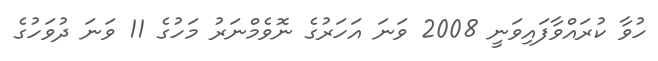
ހުވާ ކުރައްވާފައިވަނީ 2008 ވަނަ އަހަރުގެ ނޮވެމްނަރު މަހުގެ 11 ވަނަ ދުވަހުގެ